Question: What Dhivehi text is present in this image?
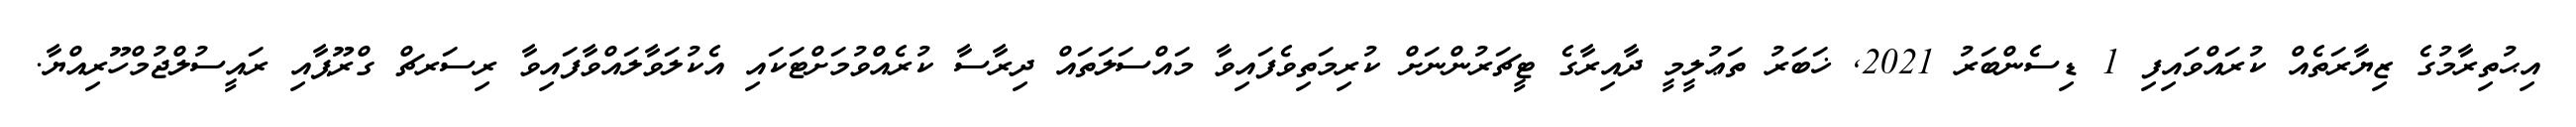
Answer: އިޙުތިރާމުގެ ޒިޔާރަތެއް ކުރައްވައިފި 1 ޑިސެންބަރު 2021, ޚަބަރު ތަޢުލީމީ ދާއިރާގެ ޓީޗަރުންނަށް ކުރިމަތިވެފައިވާ މައްސަލަތައް ދިރާސާ ކުރެއްވުމަށްޓަކައި އެކުލަވާލައްވާފައިވާ ރިސަރޗް ގްރޫޕާއި ރައީސުލްޖުމްހޫރިއްޔާ.